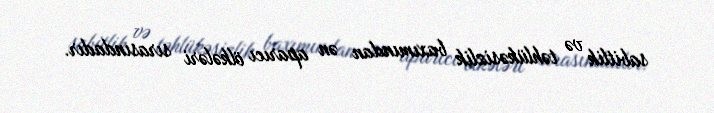
sabitlik və təhlükəsizlik baxımından ən aparıcı ölkələri sırasındadır.